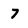
Character: 7